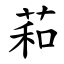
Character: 萂